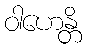
ဝါဟေန္တိ